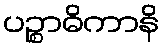
ပဉ္စာဓိကာနိ